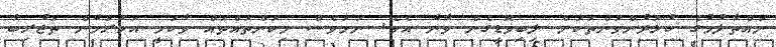
ނައްތާލުމުގެ ކުޅަދުންވަންތަކަށް ލިބިވޮޑީގެން ވާނެ އެވެ. ނަމަވެސް މިކަންތައްތައް ވާކަމީ އަހަރަމެން ތަޖުރިބާ